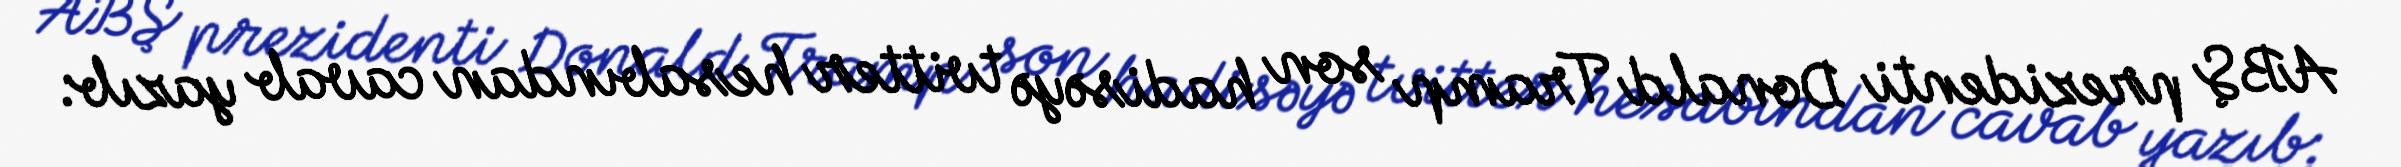
ABŞ prezidenti Donald Tramp son hadisəyə tvitter hesabından cavab yazıb: